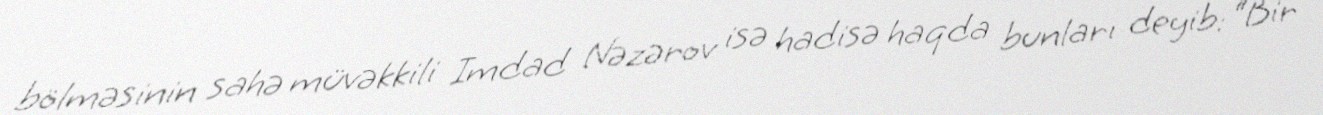
bölməsinin sahə müvəkkili Imdad Nəzərov isə hadisə haqda bunları deyib: “Bir